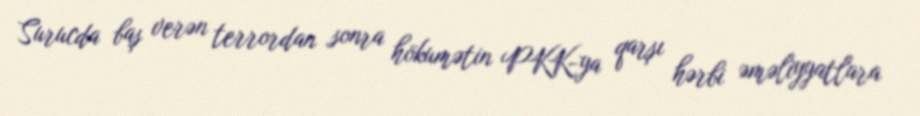
Surucda baş verən terrordan sonra hökumətin PKK-ya qarşı hərbi əməliyyatlara